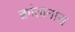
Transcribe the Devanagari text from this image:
क्वांतानास